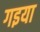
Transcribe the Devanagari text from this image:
गइया